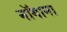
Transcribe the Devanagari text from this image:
नॉगाना